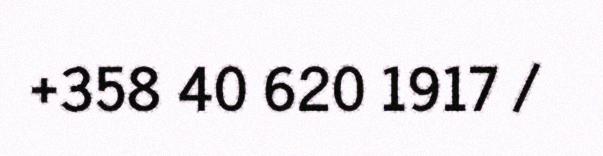
+358 40 620 1917 /